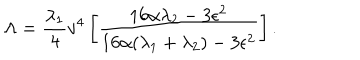
LaTeX: \Lambda = { \frac { \lambda _ { 1 } } { 4 } } v ^ { 4 } \left[ { \frac { 1 6 \alpha \lambda _ { 2 } - 3 \epsilon ^ { 2 } } { 1 6 \alpha ( \lambda _ { 1 } + \lambda _ { 2 } ) - 3 \epsilon ^ { 2 } } } \right] .